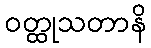
ဝတ္ထုသတာနိ